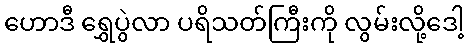
ဟောဒီ ရွှေပွဲလာ ပရိသတ်ကြီးကို လွမ်းလို့ဒေါ့